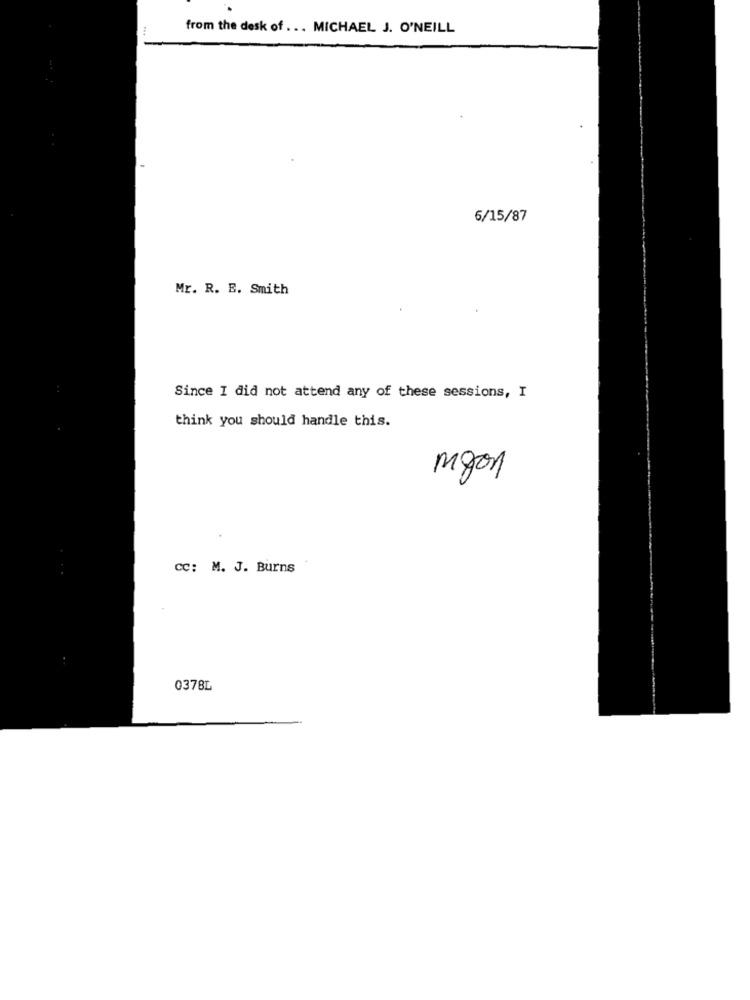
from the desk of ... MICHAEL J. O'NEILL
6/15/87
Mr. R. E. Smith
Since I did not attend any of these sessions, I
think you should handle this.
myon
Cc: M. J. Burns
0378L